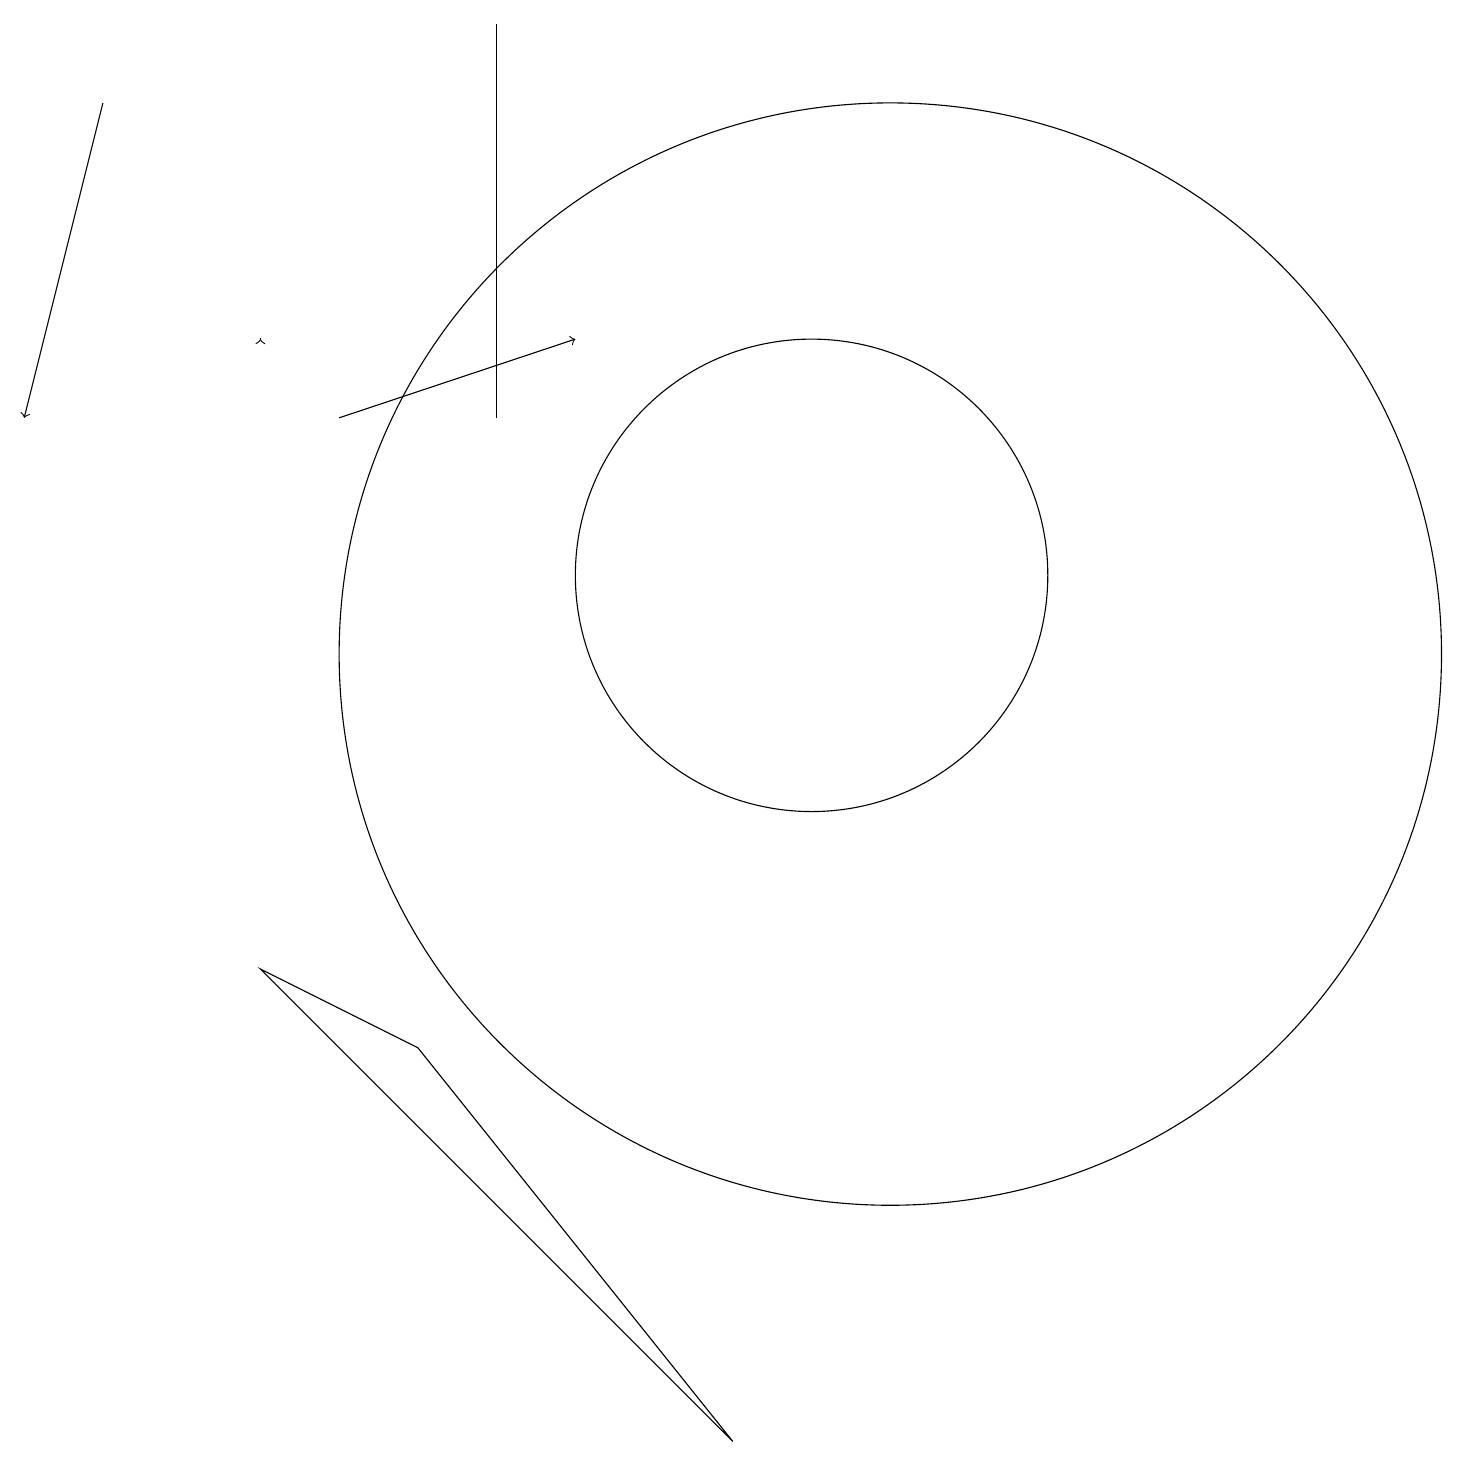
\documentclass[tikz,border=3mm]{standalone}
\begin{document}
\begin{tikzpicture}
\draw (9,0) -- (5,5) -- (3,6) -- cycle;
\draw[->] (4,13) -- (7,14);
\draw[->] (1,17) -- (0,13);
\draw (11,10) circle (7);
\draw (10,11) circle (3);
\draw (6,13) rectangle (6,18);
\draw[->] (3,14) -- (3,14);
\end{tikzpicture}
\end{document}